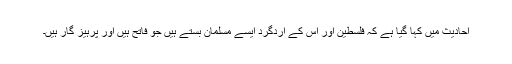
احادیث میں کہا گیا ہے کہ فلسطین اور اس کے اردگرد ایسے مسلمان بستے ہیں جو فاتح ہیں اور پرہیز گار ہیں۔